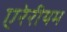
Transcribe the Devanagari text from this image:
एरेरीयम